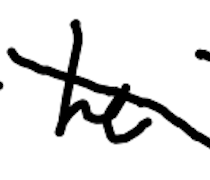
Text: he
Cross-out: diagonal
Writing tool: digital_black